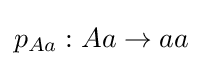
p_{Aa}:Aa\rightarrow aa